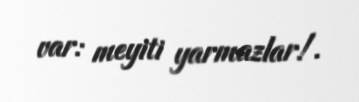
var: meyiti yarmazlar!.